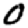
Digit: 0